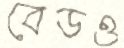
বেডও